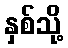
နှစ်သို့